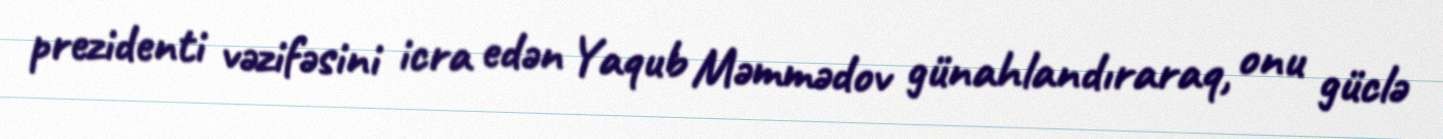
prezidenti vəzifəsini icra edən Yaqub Məmmədov günahlandıraraq, onu güclə